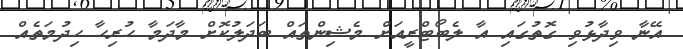
އޭނާ ވިދާޅުވި ގޮތުގައި އާ ލެބޯޓްރީއަށް މެޝިންތައް ބަދަލުކޮށް މާދަމާ ހުރިހާ ހިދުމަތެއް